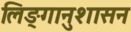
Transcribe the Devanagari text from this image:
लिङ्गानुशासन